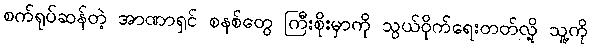
စက်ရုပ်ဆန်တဲ့ အာဏာရှင် စနစ်တွေ ကြီးစိုးမှာကို သွယ်ဝိုက်ရေးတတ်လို့ သူ့ကို